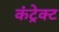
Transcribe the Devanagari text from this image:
कंट्रेक्ट